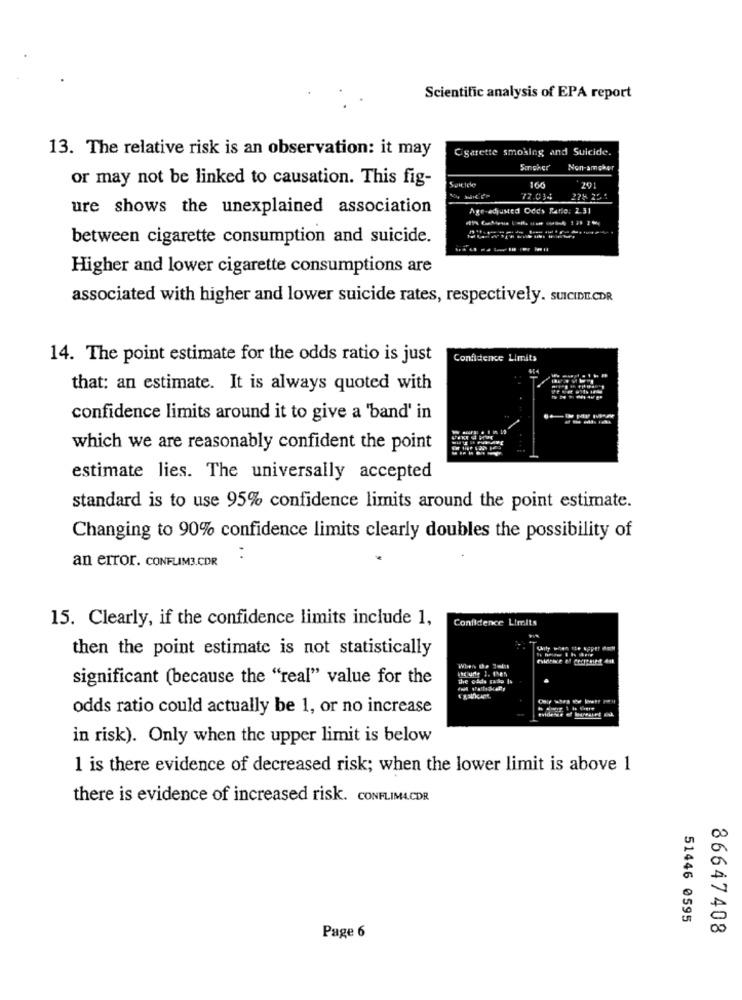
Scientific analysis of EPA report
13. The relative risk is an observation: it may
Cigarette smoking and Suicide.
Singher'
Non-amcher
or may not be linked to causation. This fig-
Spictele
201
77.034
ure shows the unexplained association
Age-adjusted Odds Ratio: 2.31
between cigarette consumption and suicide.
Higher and lower cigarette consumptions are
associated with higher and lower suicide rates, respectively. SUICIDE.CDR
14. The point estimate for the odds ratio is just
Confidence Limits
that: an estimate. It is always quoted with
confidence limits around it to give a 'band' in
which we are reasonably confident the point
estimate lies. The universally accepted
standard is to use 95% confidence limits around the point estimate.
Changing to 90% confidence limits clearly doubles the possibility of
an error. CONFUM3.CDR
15. Clearly, if the confidence limits include 1,
Confidence Limits
then the point estimate is not statistically
significant (because the "real" value for the
The gods pado Is
odds ratio could actually be 1, or no increase
in risk). Only when the upper limit is below
1 is there evidence of decreased risk; when the lower limit is above 1
there is evidence of increased risk. CONFLIMACDR
51446 0595
86647408
Page 6